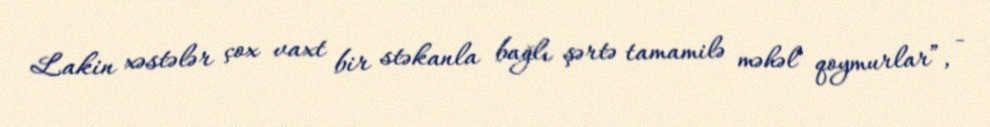
Lakin xəstələr çox vaxt bir stəkanla bağlı şərtə tamamilə məhəl qoymurlar”, -